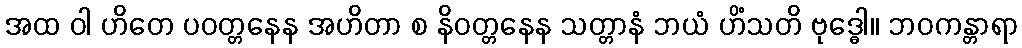
အထ ဝါ ဟိတေ ပဝတ္တနေန အဟိတာ စ နိဝတ္တနေန သတ္တာနံ ဘယံ ဟိံသတိ ဗုဒ္ဓေါ။ ဘဝကန္တာရာ